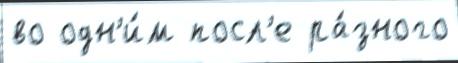
во одн'и́м посл'е ра́зного